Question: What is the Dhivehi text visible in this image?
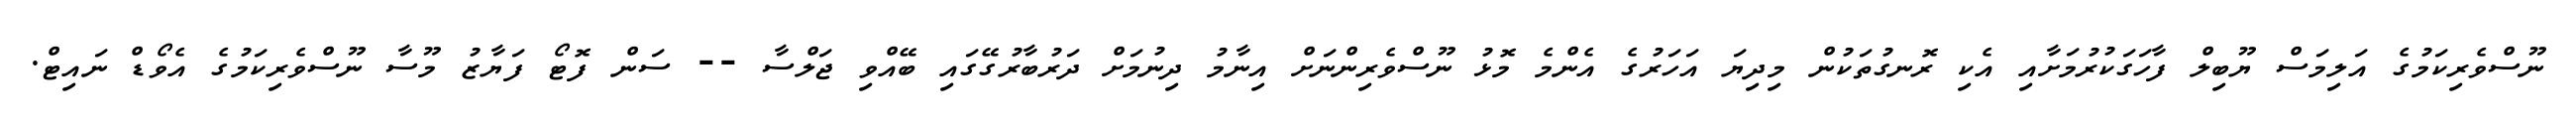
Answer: ނޫސްވެރިކަމުގެ އަލިމަސް ޔޫބިލް ފާހަގަކުރުމަށާއި އެކި ރޮނގުތަކުން މިދިޔަ އަހަރުގެ އެންމެ މޮޅު ނޫސްވެރިންނަށް އިނާމު ދިނުމަށް ދަރުބާރުގޭގައި ބޭއްވި ޖަލްސާ -- ސަން ފޮޓޯ ފަޔާޒު މޫސާ ނޫސްވެރިކަމުގެ އެވޯޑް ނައިޓް.